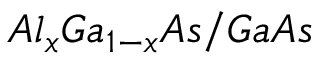
A l _ { x } G a _ { 1 - x } A s / G a A s